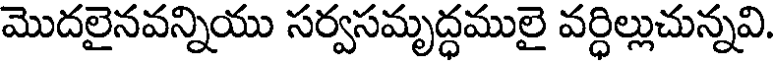
మొదలైనవన్నియు సర్వసమృద్ధములై వర్ధిల్లుచున్నవి.